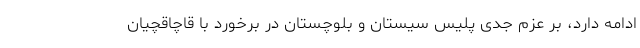
ادامه دارد، بر عزم جدی پلیس سیستان و بلوچستان در برخورد با قاچاقچیان